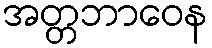
အတ္တဘာဝေန